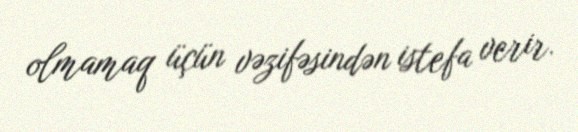
olmamaq üçün vəzifəsindən istefa verir.